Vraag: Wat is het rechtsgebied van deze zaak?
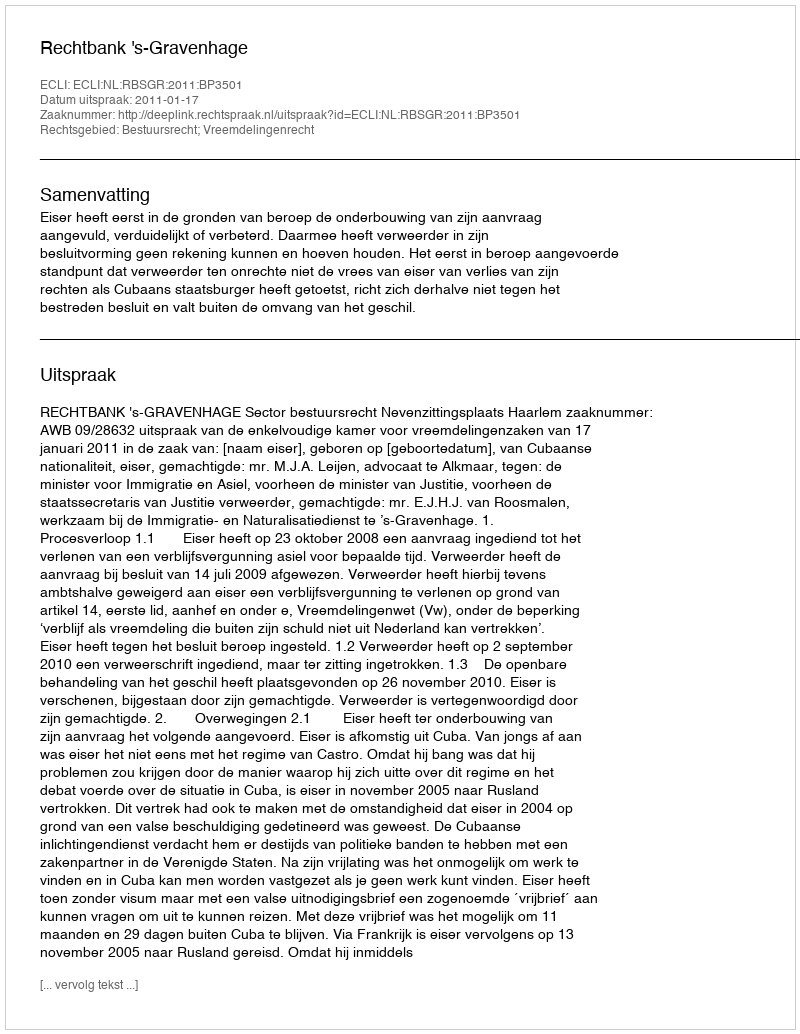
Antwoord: Bestuursrecht; Vreemdelingenrecht